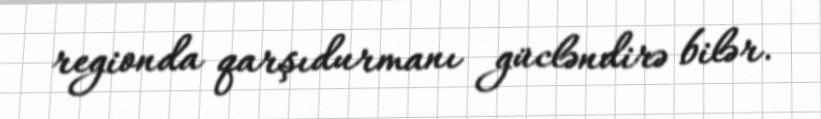
regionda qarşıdurmanı gücləndirə bilər.